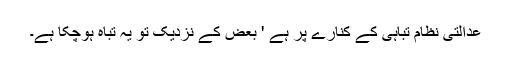
عدالتی نظام تباہی کے کنارے پر ہے ' بعض کے نزدیک تو یہ تباہ ہوچکا ہے۔